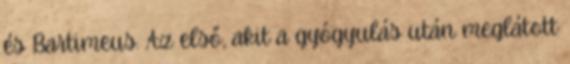
és Bartimeus. Az első, akit a gyógyulás után meglátott